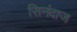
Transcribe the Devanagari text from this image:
सिनंदाज